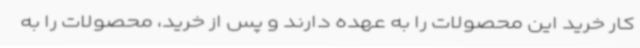
کار خرید این محصولات را به عهده دارند و پس از خرید، محصولات را به